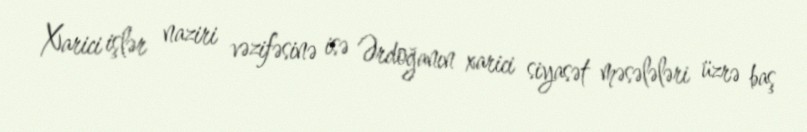
Xarici işlər naziri vəzifəsinə isə Ərdoğanın xarici siyasət məsələləri üzrə baş